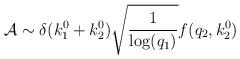
LaTeX: \begin{align*}{\cal A} \sim \delta (k_{1}^{0}+k_{2}^{0})\sqrt{\frac{1}{{\rm log}(q_{1})}}f(q_{2},k_{2}^{0}) \end{align*}